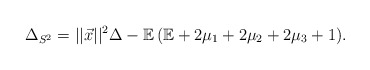
\begin{align*}\Delta_{S^2}=||\vec{x}||^2\Delta-\mathbb{E}\,(\mathbb{E}+2\mu_1+2\mu_2+2\mu_3+1).\end{align*}